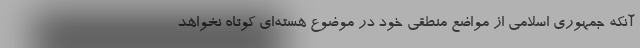
آنکه جمهوری اسلامی از مواضع منطقی خود در موضوع هسته‌ای کوتاه نخواهد